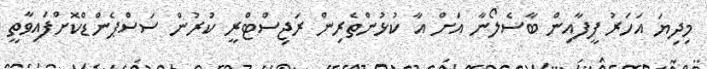
މިދިޔަ އަހަރު ފީފާއިން ބާސެލޯނާ އަށް އާ ކުޅުންތެރިން ރަޖިސްޓްރީ ކުރުން ސަސްޕެންޑްކޮށްފައިވާތީ